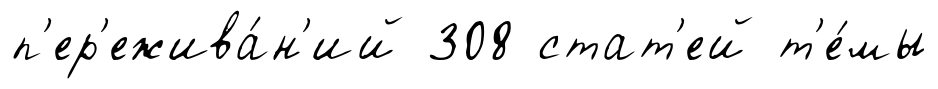
п'ер'ежива́н'ий 308 стат'ей т'е́мы